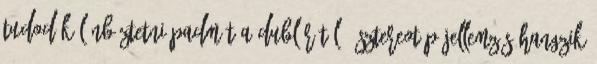
tudod különböztetni Padmét a dublőrétől - sztereotíp jellemzés hangzik